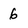
Character: 6